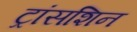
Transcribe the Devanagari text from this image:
ट्रांसशिन